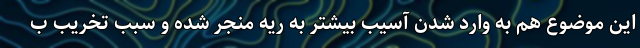
این موضوع هم به وارد شدن آسیب بیشتر به ریه منجر شده و سبب تخریب ب